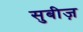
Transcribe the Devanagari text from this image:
सुबीज़